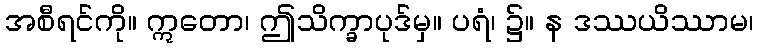
အစီရင်ကို။ ဣတော၊ ဤသိက္ခာပုဒ်မှ။ ပရံ၊ ၌။ န ဒဿယိဿာမ၊